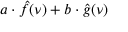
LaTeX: a \cdot { \hat { f } } ( \nu ) + b \cdot { \hat { g } } ( \nu )